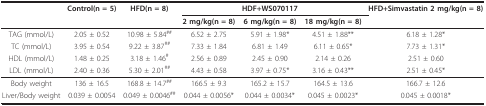
<table><thead><tr><td></td><td><b>Control(n = 5)</b></td><td><b>HFD(n = 8)</b></td><td></td><td><b>HDF+WS070117</b></td><td></td><td><b>HFD+Simvastatin 2 mg/kg(n = 8)</b></td></tr><tr><td></td><td></td><td></td><td><b>2 mg/kg(n = 8)</b></td><td><b>6 mg/kg(n = 8)</b></td><td><b>18 mg/kg(n = 8)</b></td><td></td></tr></thead><tbody><tr><td>TAG (mmol/L)</td><td>2.05 ± 0.52</td><td>10.98 ± 5.84<sup>##</sup></td><td>6.52 ± 2.75</td><td>5.91 ± 1.98*</td><td>4.51 ± 1.88**</td><td>6.18 ± 1.28*</td></tr><tr><td>TC (mmol/L)</td><td>3.95 ± 0.54</td><td>9.22 ± 3.87<sup>##</sup></td><td>7.33 ± 1.84</td><td>6.81 ± 1.49</td><td>6.11 ± 0.65*</td><td>7.73 ± 1.31*</td></tr><tr><td>HDL (mmol/L)</td><td>1.48 ± 0.25</td><td>3.18 ± 1.46<sup>#</sup></td><td>2.56 ± 0.89</td><td>2.45 ± 0.90</td><td>2.14 ± 0.26</td><td>2.51 ± 0.60</td></tr><tr><td>LDL (mmol/L)</td><td>2.40 ± 0.36</td><td>5.30 ± 2.01<sup>##</sup></td><td>4.43 ± 0.58</td><td>3.97 ± 0.75*</td><td>3.16 ± 0.43**</td><td>2.51 ± 0.45*</td></tr><tr><td>Body weight</td><td>136 ± 16.5</td><td>168.8 ± 14.7<sup>##</sup></td><td>166.5 ± 9.3</td><td>165.2 ± 15.7</td><td>164.5 ± 13.6</td><td>166.7 ± 12.6</td></tr><tr><td>Liver/Body weight</td><td>0.039 ± 0.0054</td><td>0.049 ± 0.0046<sup>##</sup></td><td>0.044 ± 0.0056*</td><td>0.044 ± 0.0034*</td><td>0.045 ± 0.0023*</td><td>0.045 ± 0.0018*</td></tr></tbody></table>